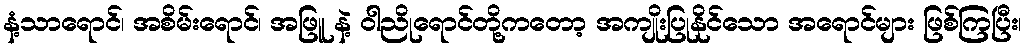
နံ့သာရောင်၊ အစိမ်းရောင်၊ အဖြူ နဲ့ ဝါညိုရောင်တို့ကတော့ အကျိုးပြုနိုင်သော အရောင်များ ဖြစ်ကြပြီး၊